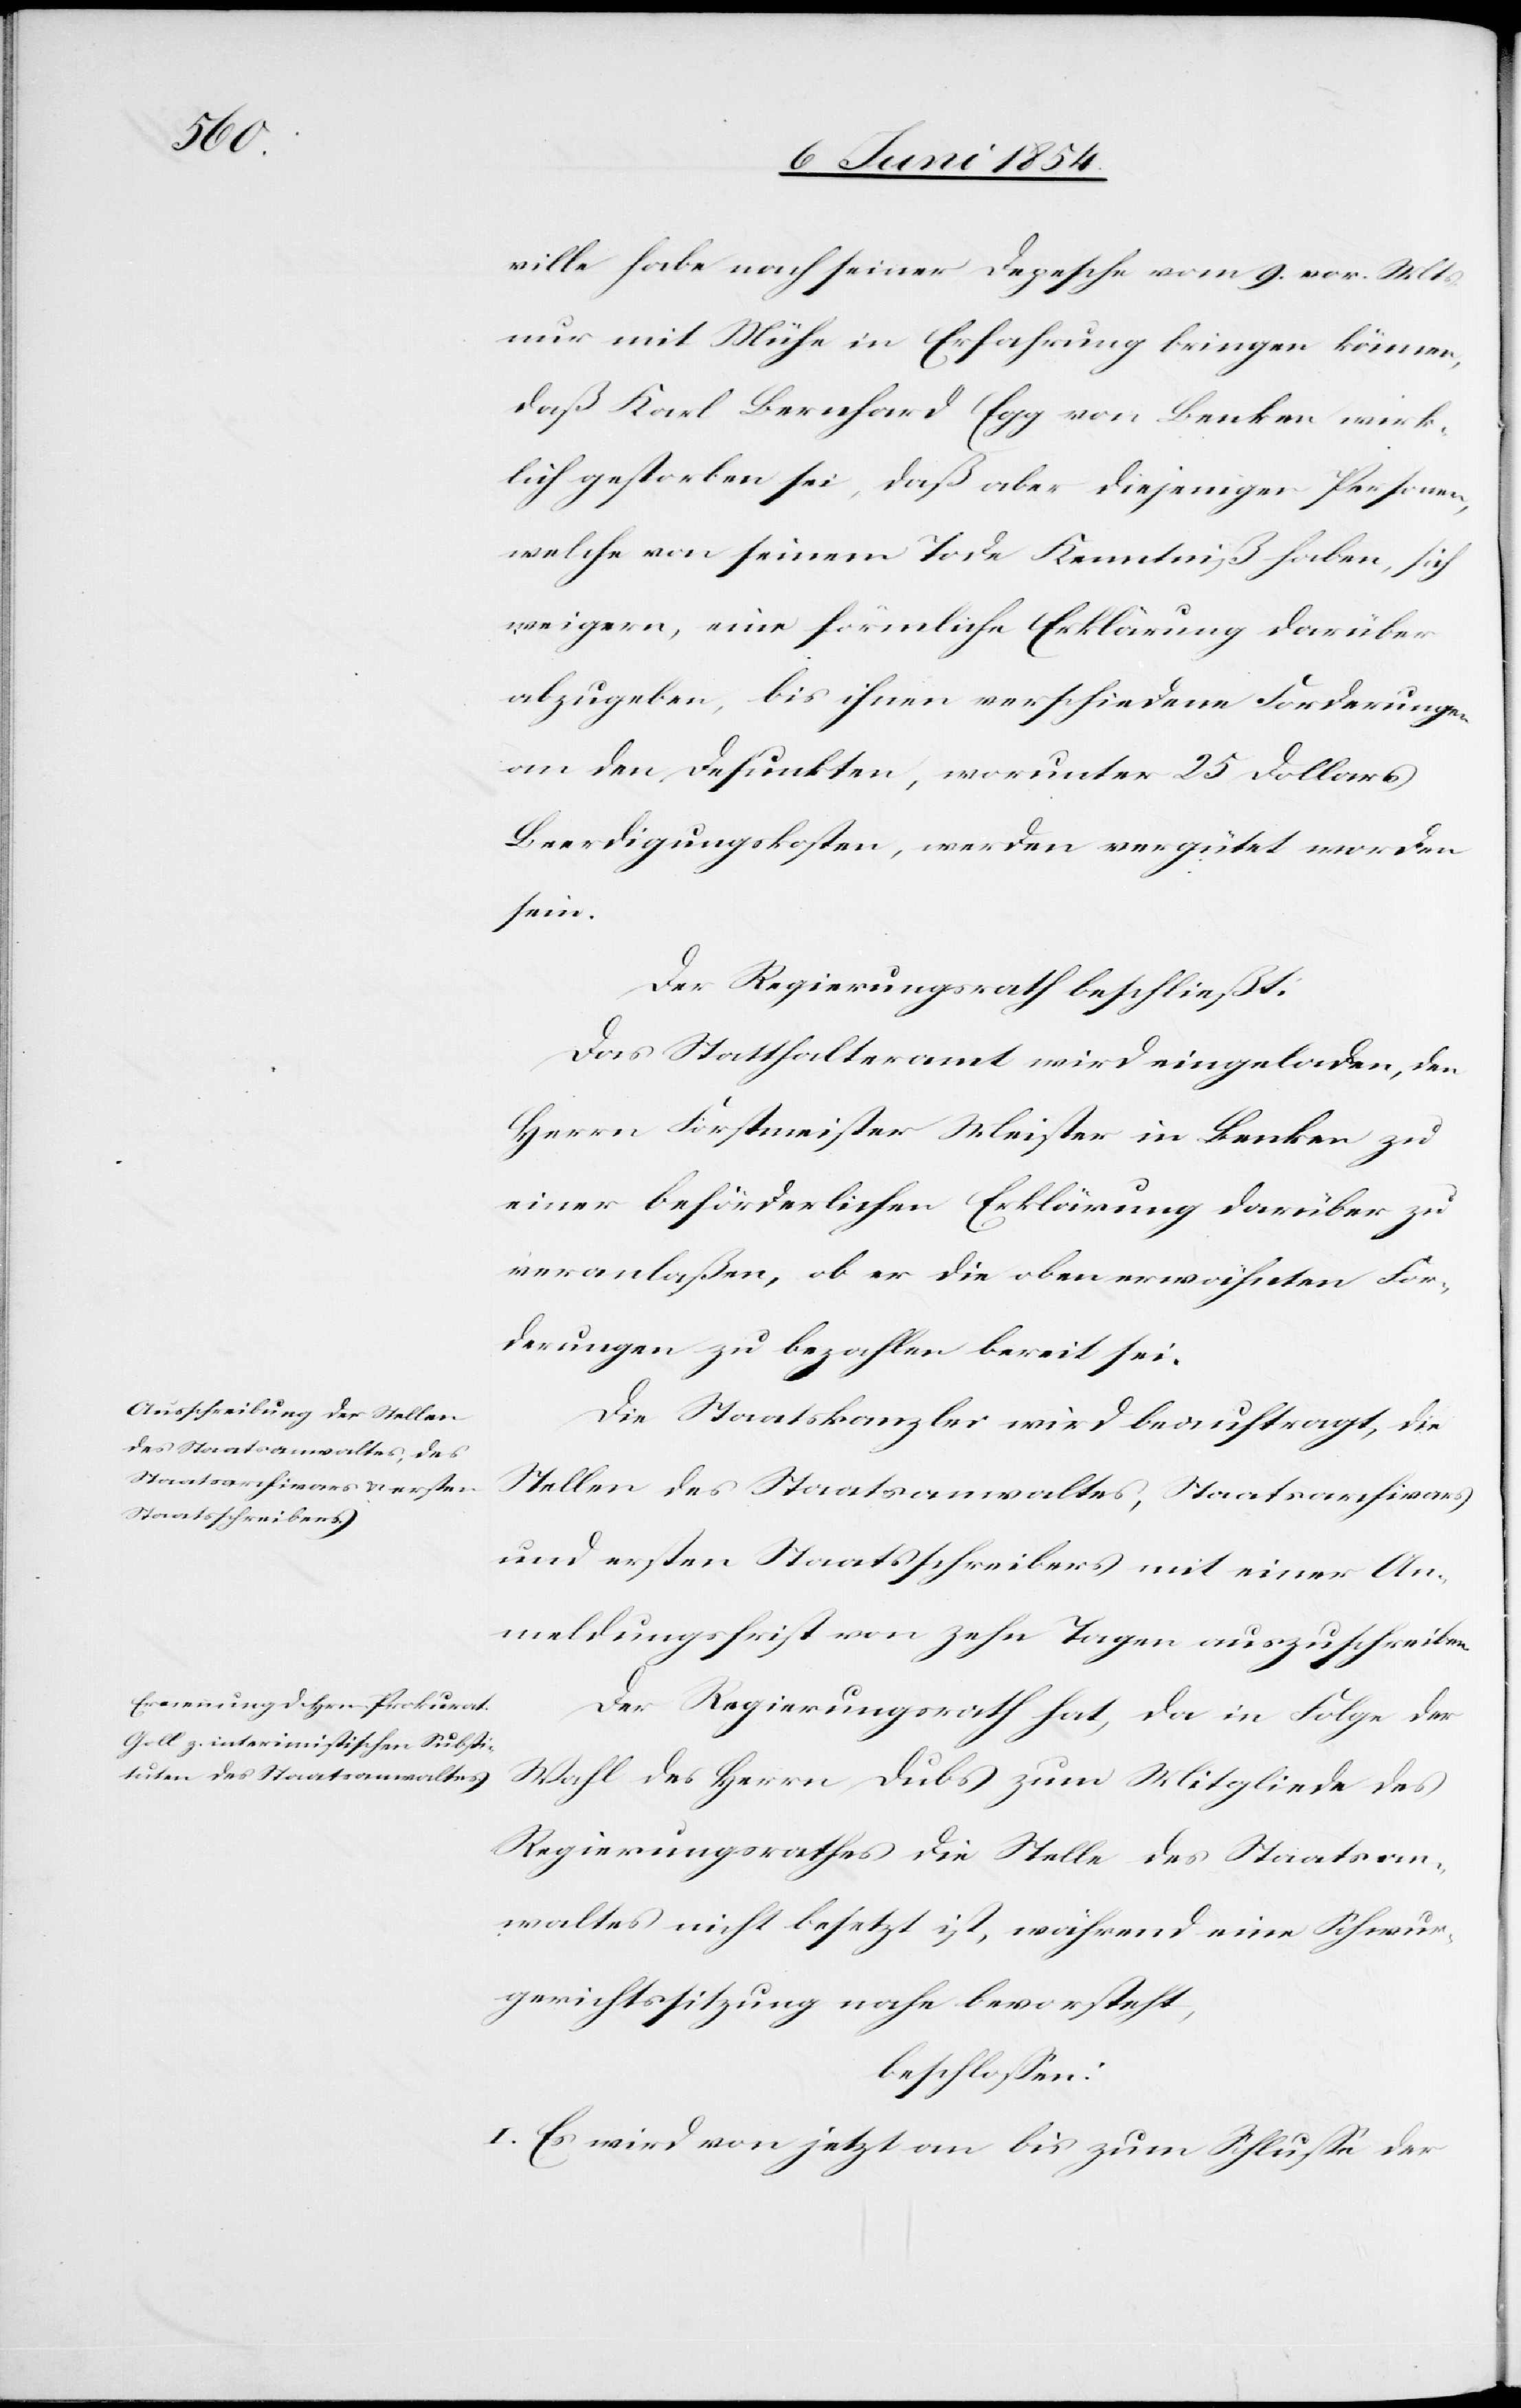
ville habe nach seiner Depesche vom 9. vor. Mts.
nur mit Mühe in Erfahrung bringen können,
daß Karl Bernhard Egg von Benken wirk¬
lich gestorben sei, daß aber diejenigen Personen,
welche von seinem Tode Kenntniß haben, sich
weigern, eine förmliche Erklärung darüber
abzugeben, bis ihnen verschiedene Forderungen
an den Desunkten, worunter 25 Dollars
Beerdigungskosten, werden vergütet worden
sein.
Der Regierungsrath beschließt:
Das Statthalteramt wird eingeladen, den
Herrn Forstmeister Meister in Benken zu
einer beförderlichen Erklärung darüber zu
veranlaßen, ob er die oben erwähnten For¬
derungen zu bezahlen bereit sei.
Die Staatskanzlei wird beauftragt, die
Stellen des Staatsanwaltes, Staatsarchivars
und ersten Staatsschreibers mit einer An¬
meldungsfrist von zehn Tagen auszuschreiben.
Der Regierungsrath hat, da in Folge der
Wahl des Herrn Dubs zum Mitgliede des
Regierungsrathes die Stelle des Staatsan¬
waltes nicht besetzt ist, während eine Schwur¬
gerichtssitzung nahe bevorsteht,
beschloßen:
I. Es wird von jetzt an bis zum Schluße der